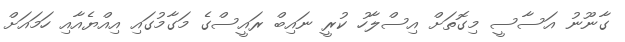
ގާނޫނު އަސާސީ މިގޮތަށް އިސްލާހު ކުރީ ނައިބް ރައީސްގެ މަގާމުގައި އިއްޔެއާއި ހަމައަށް